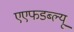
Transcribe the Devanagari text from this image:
एएफडब्ल्‍यू